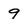
Character: 9